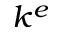
k ^ { e }